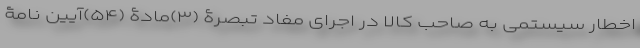
اخطار سیستمی به صاحب کالا در اجرای مفاد تبصرۀ (۳)مادۀ (۵۴)آیین نامۀ